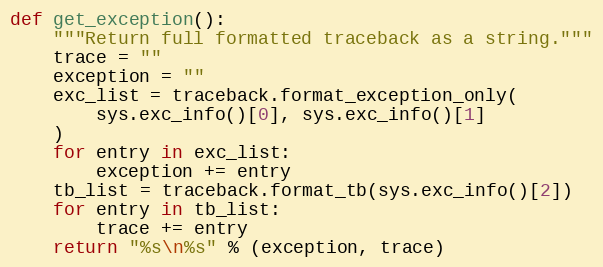
Language: Python
def get_exception():
    """Return full formatted traceback as a string."""
    trace = ""
    exception = ""
    exc_list = traceback.format_exception_only(
        sys.exc_info()[0], sys.exc_info()[1]
    )
    for entry in exc_list:
        exception += entry
    tb_list = traceback.format_tb(sys.exc_info()[2])
    for entry in tb_list:
        trace += entry
    return "%s\n%s" % (exception, trace)